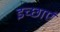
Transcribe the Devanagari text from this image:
इच्‍छाएं